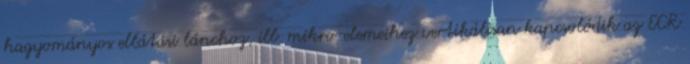
hagyományos ellátási lánchoz, ill. mikro-elemeihez vertikálisan kapcsolódik az ECR